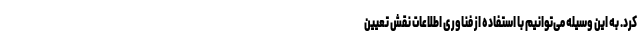
کرد. به این وسیله می‌توانیم با استفاده از فناوری اطلاعات نقش تعیین